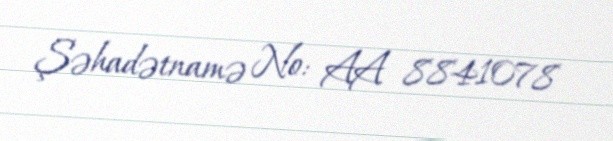
Şəhadətnamə №: AA 8841078